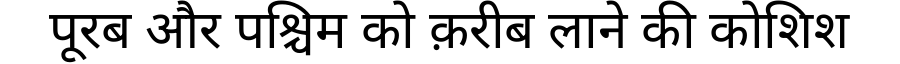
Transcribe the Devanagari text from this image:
पूरब और पश्चिम को क़रीब लाने की कोशिश